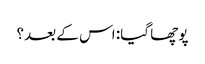
پوچھا گیا: اس کے بعد؟